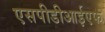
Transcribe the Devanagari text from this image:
एसपीडीआईएफ